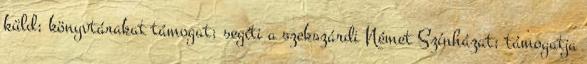
küld; könyvtárakat támogat; segíti a szekszárdi Német Színházat; támogatja